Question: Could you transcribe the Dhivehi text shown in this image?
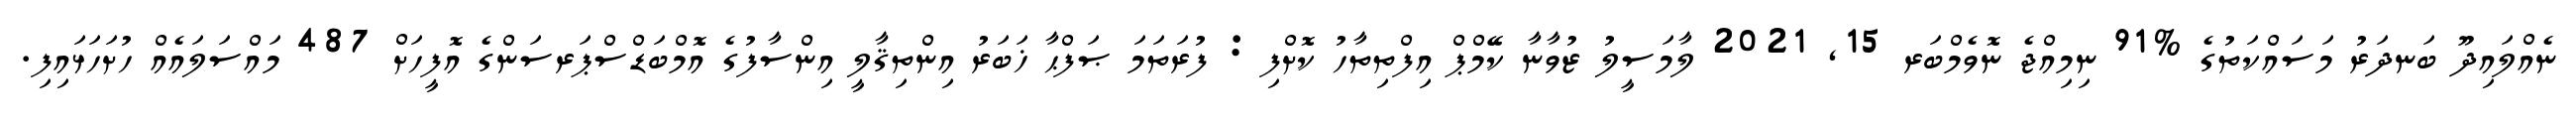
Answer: ނެއްލައިދޫ ބަނދަރު މަސައްކަތުގެ %91 ނިމިއްޖެ ނޮވެމްބަރ 15, 2021 ލާމަސީލު ޒުވާނާ ކޭމްޕް އިފްތިތާހު ކޮށްފި : ފުރަތަމަ ޞަފްޙާ ޚަބަރު އިންތިޤާލީ އިންސާފުގެ އޮމްބަޑްސްޕަރސަންގެ އޮފީހަށް 487 މައްސަލައެއް ހުށަހަޅައިފި.